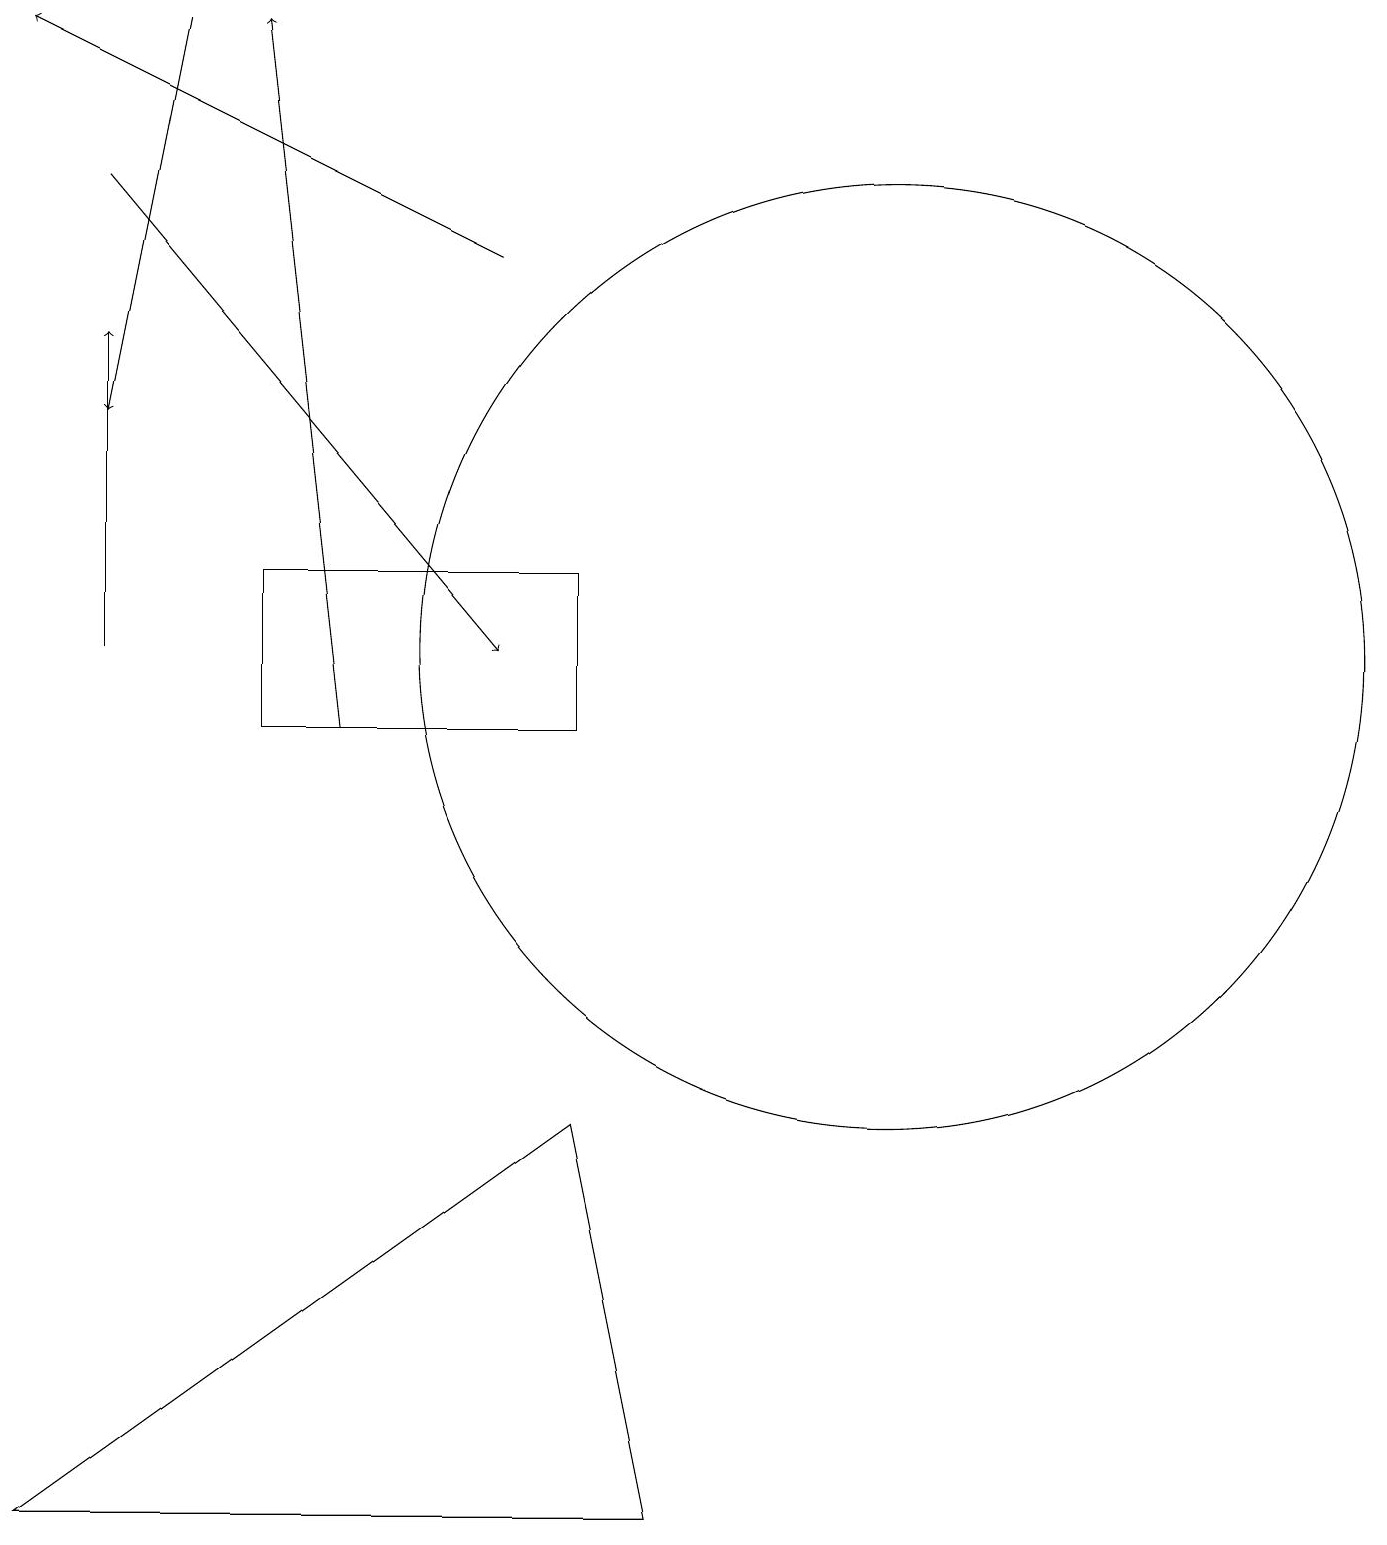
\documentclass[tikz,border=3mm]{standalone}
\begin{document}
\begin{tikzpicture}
\draw[->] (7,16) -- (1,19);
\draw (12,11) circle (6);
\draw[->] (2,17) -- (7,11);
\draw[->] (2,11) -- (2,15);
\draw[->] (5,10) -- (4,19);
\draw[->] (3,19) -- (2,14);
\draw (4,12) rectangle (8,10);
\draw (1,0) -- (8,5) -- (9,0) -- cycle;
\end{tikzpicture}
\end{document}